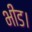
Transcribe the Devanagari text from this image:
भीड।